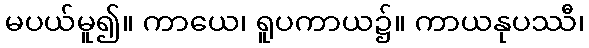
မပယ်မူ၍။ ကာယေ၊ ရူပကာယ၌။ ကာယနုပဿီ၊